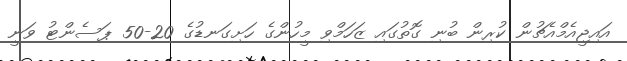
އައިޖީއެމްއެޗުން ކުރިން ބުނި ގޮތުގައި ޒަހަމްވި މީހުންގެ ހަށިގަނޑުގެ 20-50 ޕަސެންޓު ވަނީ